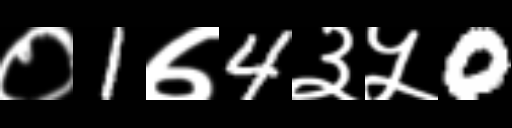
Text: ०1७4३५0